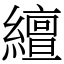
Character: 繵